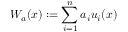
W _ { a } ( x ) : = \sum _ { i = 1 } ^ { n } a _ { i } u _ { i } ( x )